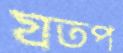
যতপ